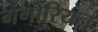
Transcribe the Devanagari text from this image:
गेगोरियन